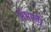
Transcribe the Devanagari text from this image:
सँभालें।